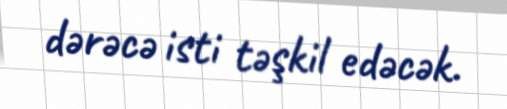
dərəcə isti təşkil edəcək.